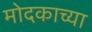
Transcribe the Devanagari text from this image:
मोदकाच्या